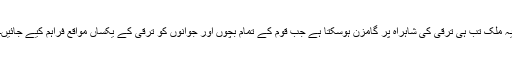
یہ ملک تب ہی ترقی کی شاہراہ پر گامزن ہوسکتا ہے جب قوم کے تمام بچوں اور جوانوں کو ترقی کے یکساں مواقع فراہم کیے جائیں۔